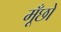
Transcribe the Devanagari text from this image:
मूँछों